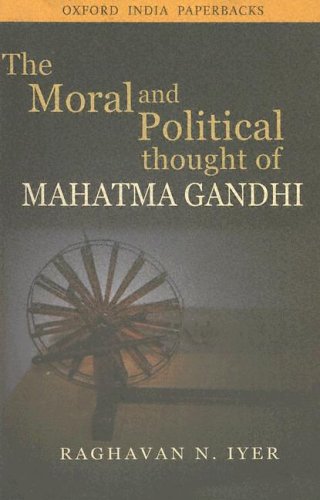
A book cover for Moral and Political Thought of Mahatma Gandhi; Raghavan N. Iyer; Religion & Spirituality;